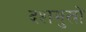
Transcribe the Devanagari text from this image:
दशमुखों